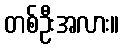
တစ်ဦးအလား။